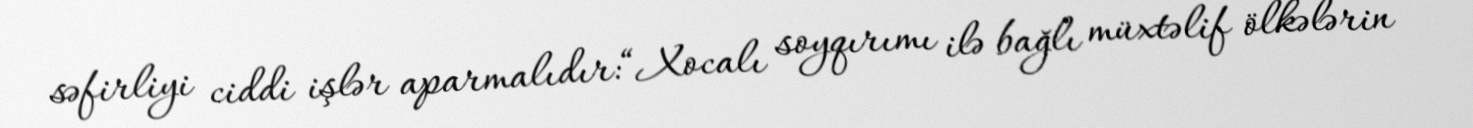
səfirliyi ciddi işlər aparmalıdır:“Xocalı soyqırımı ilə bağlı müxtəlif ölkələrin